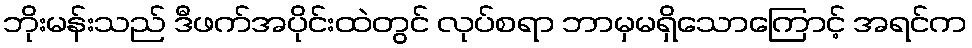
ဘိုးမန်းသည် ဒီဖက်အပိုင်းထဲတွင် လုပ်စရာ ဘာမှမရှိသောကြောင့် အရင်က